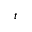
t